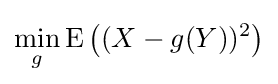
\min _{g}\operatorname {E} \left((X-g(Y))^{2}\right)